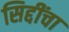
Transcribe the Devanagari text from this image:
सिद्दींचा